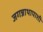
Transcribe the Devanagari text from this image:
जगन्नाथापाशी